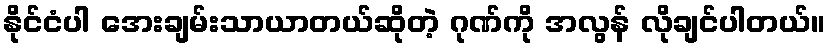
နိုင်ငံပါ အေးချမ်းသာယာတယ်ဆိုတဲ့ ဂုဏ်ကို အလွန် လိုချင်ပါတယ်။